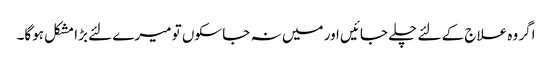
اگر وہ علاج کے لئے چلے جائیں اور میں نہ جا سکوں تو میرے لئے بڑا مشکل ہوگا۔